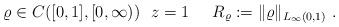
LaTeX: \begin{align*}\varrho \in C([0,1] , [0,\infty))\ \ z=1 \;\;\;\;\; R_\varrho := \|\varrho\|_{L_\infty(0,1)}\ . \end{align*}